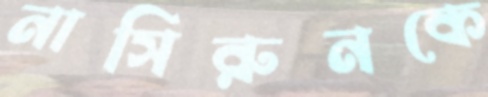
নাসিরুনকে